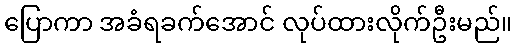
ပြောကာ အခံရခက်အောင် လုပ်ထားလိုက်ဦးမည်။